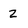
Character: 2